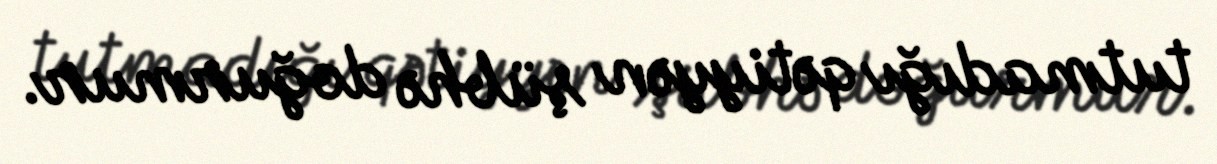
tutmadığı qətiyyən şübhə doğurmur.